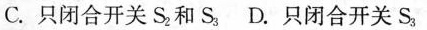
C.只闭合开关S_{2}和S_{3} D.只闭合开关S_{3}